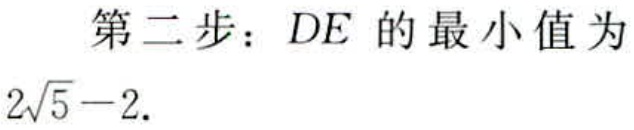
第二步：\(DE\)的最小值为

\(2\sqrt{5}-2.\)